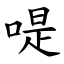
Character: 㖷